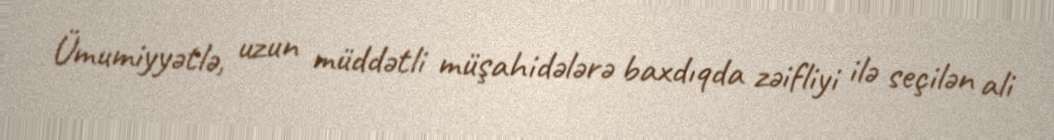
Ümumiyyətlə, uzun müddətli müşahidələrə baxdıqda zəifliyi ilə seçilən ali